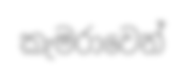
කැමරාවෙන්